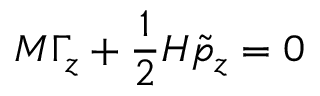
M \Gamma _ { z } + \frac { 1 } { 2 } H \tilde { p } _ { z } = 0